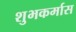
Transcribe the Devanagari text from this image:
शुभकर्मास